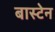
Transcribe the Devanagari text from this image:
बास्टेन